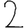
Digit: 2